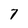
Character: 7